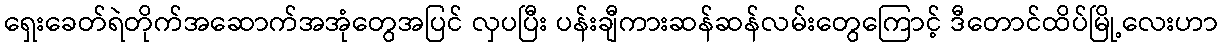
ရှေးခေတ်ရဲတိုက်အဆောက်အအုံတွေအပြင် လှပပြီး ပန်းချီကားဆန်ဆန်လမ်းတွေကြောင့် ဒီတောင်ထိပ်မြို့လေးဟာ